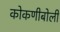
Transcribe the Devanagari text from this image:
कोकणीबोली